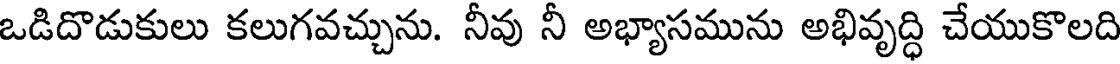
ఒడిదొడుకులు కలుగవచ్చును. నీవు నీ అభ్యాసమును అభివృద్ధి చేయుకొలది